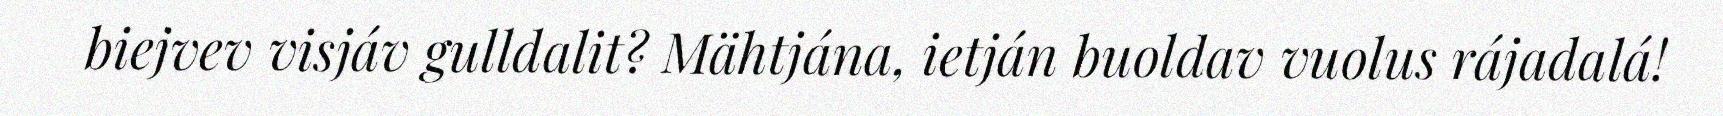
biejvev visjáv gulldalit? Mähtjána, ietján buoldav vuolus rájadalá!